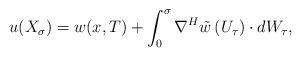
LaTeX: \begin{align*}u(X_{\sigma})=w(x,T)+\int_0^{\sigma} \nabla^H \tilde{w}\,(U_\tau)\cdot dW_\tau,\end{align*}